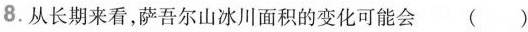
8.从长期来看，萨吾尔山冰川面积的变化可能会( )